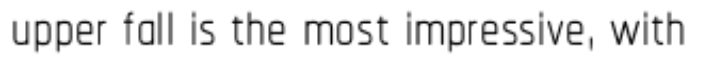
upper fall is the most impressive, with